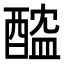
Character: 醓